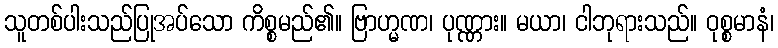
သူတစ်ပါးသည်ပြုအပ်သော ကိစ္စမည်၏။ ဗြာဟ္မဏ၊ ပုဏ္ဏား။ မယာ၊ ငါဘုရားသည်။ ဝုစ္စမာနံ၊